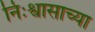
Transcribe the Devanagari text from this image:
निःश्वासाच्या